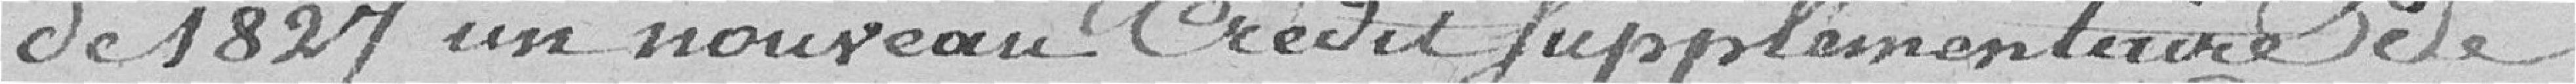
de 1827, un nouveau crédit supplémentaire de